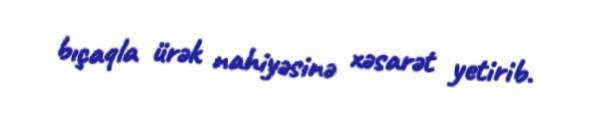
bıçaqla ürək nahiyəsinə xəsarət yetirib.